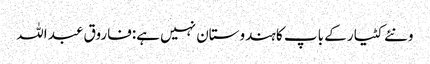
ونئے کٹیار کے باپ کا ہندوستان نہیں ہے:فاروق عبد اللہ